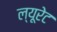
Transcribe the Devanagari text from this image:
ल्यूरेट